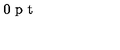
\vspace { 3 0 p t } \special { p s f i l e = 3 - 5 . p s }